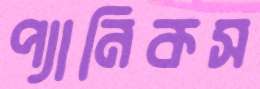
প্যানিকস